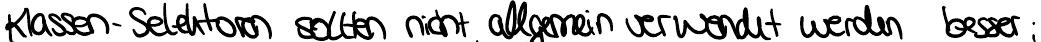
Klassen- Selektoren sollten nicht allgemein verwendet werden besser;